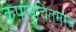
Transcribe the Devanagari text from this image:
कृपामुचितमम्ब